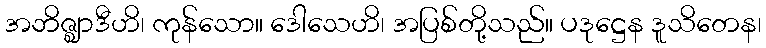
အဘိဇ္ဈာဒီဟိ၊ ကုန်သော။ ဒေါသေဟိ၊ အပြစ်တို့သည်။ ပဒုဋ္ဌေန ဒူသိတေန၊